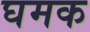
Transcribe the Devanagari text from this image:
घमक